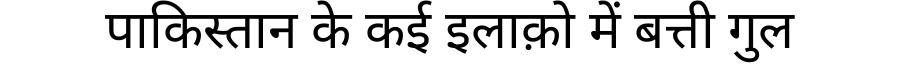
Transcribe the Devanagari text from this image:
पाकिस्तान के कई इलाक़ो में बत्ती गुल